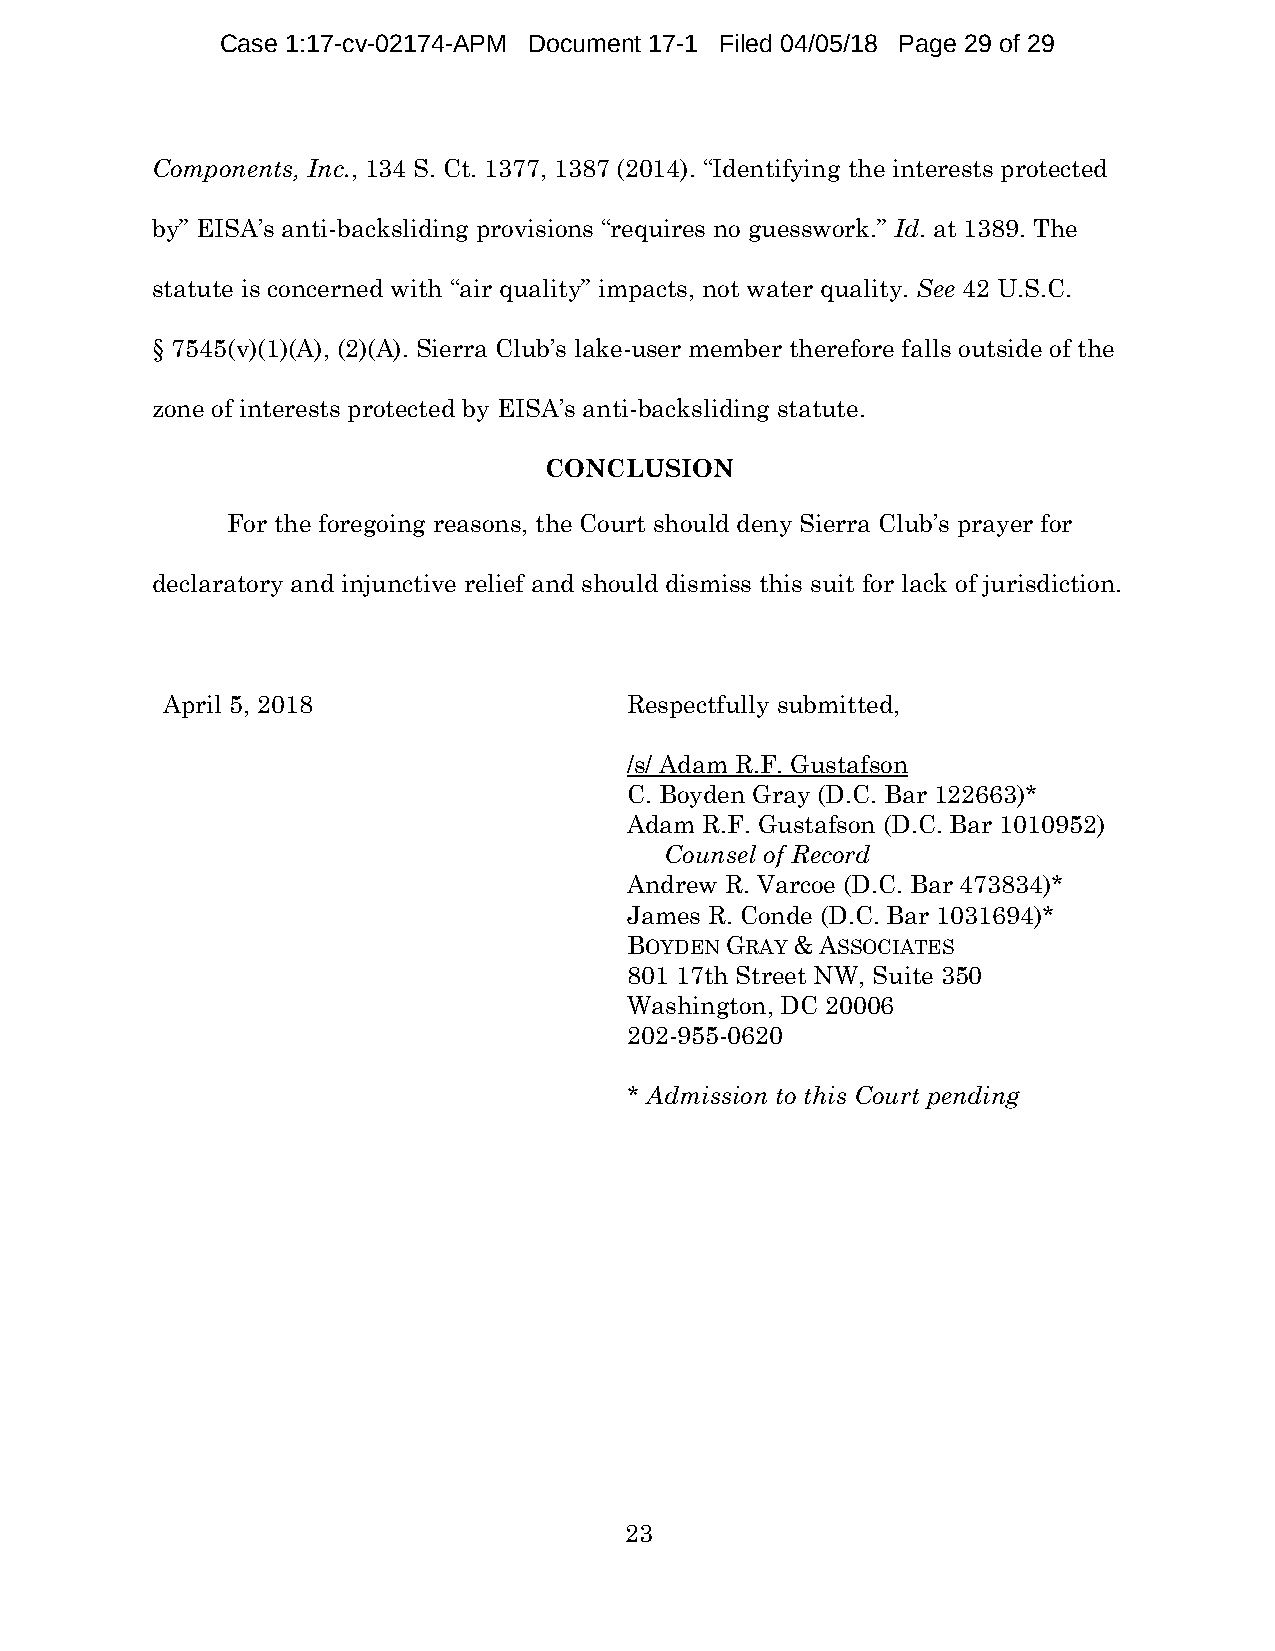
Case 1:17-cv-02174-APM Document 17-1 Filed 04/05/18 Page 29 of 29
 Components, Inc., 134 S. Ct. 1377, 1387 (2014). “Identifying the interests protected
 by” EISA’s anti-backsliding provisions “requires no guesswork.” Id. at 1389. The
 statute is concerned with “air quality” impacts, not water quality. See 42 U.S.C.
 § 7545(v)(1)(A), (2)(A). Sierra Club’s lake-user member therefore falls outside of the
 zone of interests protected by EISA’s anti-backsliding statute.
 CONCLUSION
 For the foregoing reasons, the Court should deny Sierra Club’s prayer for
 declaratory and injunctive relief and should dismiss this suit for lack of jurisdiction.
 April 5, 2018                  Respectfully submitted,
 /s/ Adam R.F. Gustafson
 C. Boyden Gray (D.C. Bar 122663)*
 Adam R.F. Gustafson (D.C. Bar 1010952)
 Counsel of Record
 Andrew R. Varcoe (D.C. Bar 473834)*
 James R. Conde (D.C. Bar 1031694)*
 BOYDEN GRAY & ASSOCIATES
 801 17th Street NW, Suite 350
 Washington, DC 20006
 202-955-0620
 * Admission to this Court pending
 23